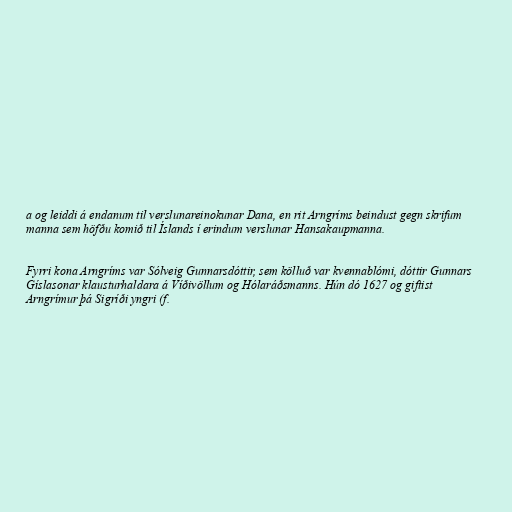
a og leiddi á endanum til verslunareinokunar Dana, en rit Arngríms beindust gegn skrifum
manna sem höfðu komið til Íslands í erindum verslunar Hansakaupmanna.

Fyrri kona Arngríms var Sólveig Gunnarsdóttir, sem kölluð var kvennablómi, dóttir Gunnars
Gíslasonar klausturhaldara á Víðivöllum og Hólaráðsmanns. Hún dó 1627 og giftist
Arngrímur þá Sigríði yngri (f.